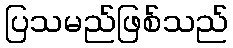
ပြသမည်ဖြစ်သည်